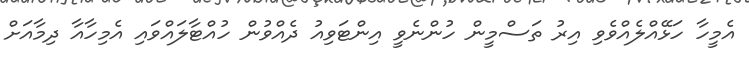
އެމީހާ ހަޅޭއްލެއްވެވި އިރު ތަސްމީން ހުންނެވީ އިންޓަވިއު ދެއްވުން ހުއްޓާލައްވައި އެމިހާއާ ދިމާއަށް